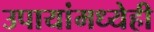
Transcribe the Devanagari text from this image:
उपायांमध्येही